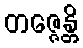
တဇ္ဇေန္တိ